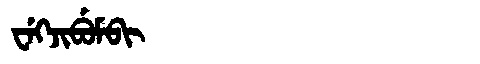
Manchu: ᠸᡝᡴᠵᡳᠪᡠᠮᠪᡳ
Romanization: WEKJIBUMBI